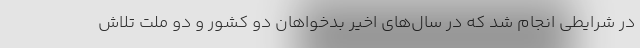
در شرایطی انجام شد که در سال‌های اخیر بدخواهان دو کشور و دو ملت تلاش